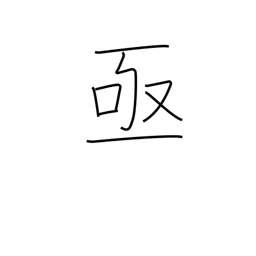
Meaning: sudden